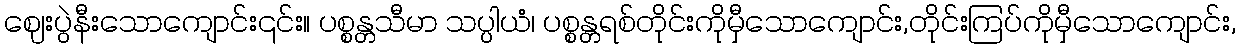
ဈေးပွဲနီးသောကျောင်း၎င်း။ ပစ္စန္တသီမာ သပ္ပါယံ၊ ပစ္စန္တရစ်တိုင်းကိုမှီသောကျောင်း,တိုင်းကြပ်ကိုမှီသောကျောင်း,